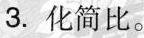
3.化简比。